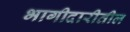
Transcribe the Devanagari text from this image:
भागीदारीतील